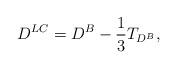
LaTeX: \begin{align*} D^{LC} = D^B - \frac{1}{3} T_{D^B}, \end{align*}